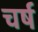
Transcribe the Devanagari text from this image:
चर्ष